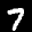
Label: 7